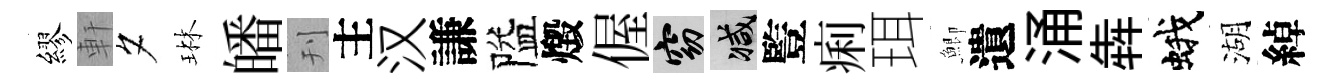
繆軒夕琳皤刊主汉謙隘燬偓窈减䜿痢珥鯽遺涌犇蛾湖綽